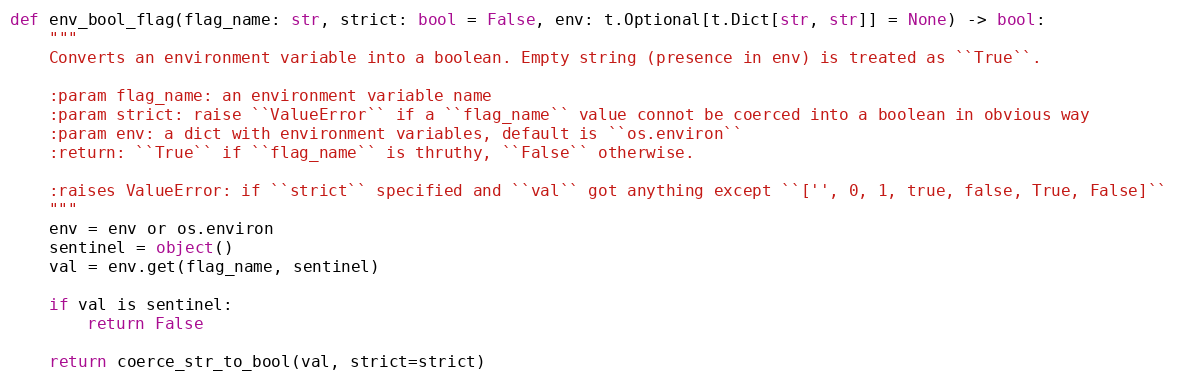
Language: Python
def env_bool_flag(flag_name: str, strict: bool = False, env: t.Optional[t.Dict[str, str]] = None) -> bool:
    """
    Converts an environment variable into a boolean. Empty string (presence in env) is treated as ``True``.

    :param flag_name: an environment variable name
    :param strict: raise ``ValueError`` if a ``flag_name`` value connot be coerced into a boolean in obvious way
    :param env: a dict with environment variables, default is ``os.environ``
    :return: ``True`` if ``flag_name`` is thruthy, ``False`` otherwise.

    :raises ValueError: if ``strict`` specified and ``val`` got anything except ``['', 0, 1, true, false, True, False]``
    """
    env = env or os.environ
    sentinel = object()
    val = env.get(flag_name, sentinel)

    if val is sentinel:
        return False

    return coerce_str_to_bool(val, strict=strict)